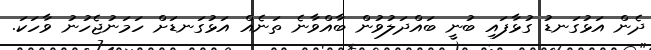
ދެން އަޅުގަނޑު ގުޅާފައި ބުނީ ބައްދަލުވުން ބާއްވާނެ ތަނެއް އަޅުގަނޑަށް ހަމަނުޖެހުނު ވާހަކަ.